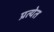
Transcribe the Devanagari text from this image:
प्रत्येत